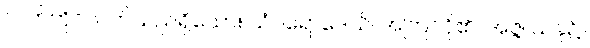
လက်ကိုင်လတ်သည်ရှိသော်။ ယံပရောဒေသိ၊ အကြင်ငို၏။ အဇ္ဇ၊ ယခု၌။